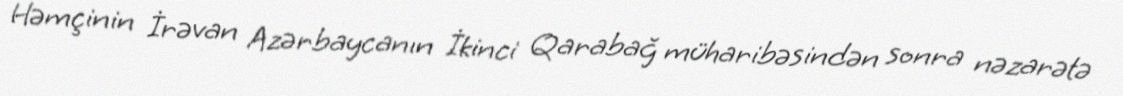
Həmçinin İrəvan Azərbaycanın İkinci Qarabağ müharibəsindən sonra nəzarətə